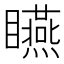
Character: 𥍂